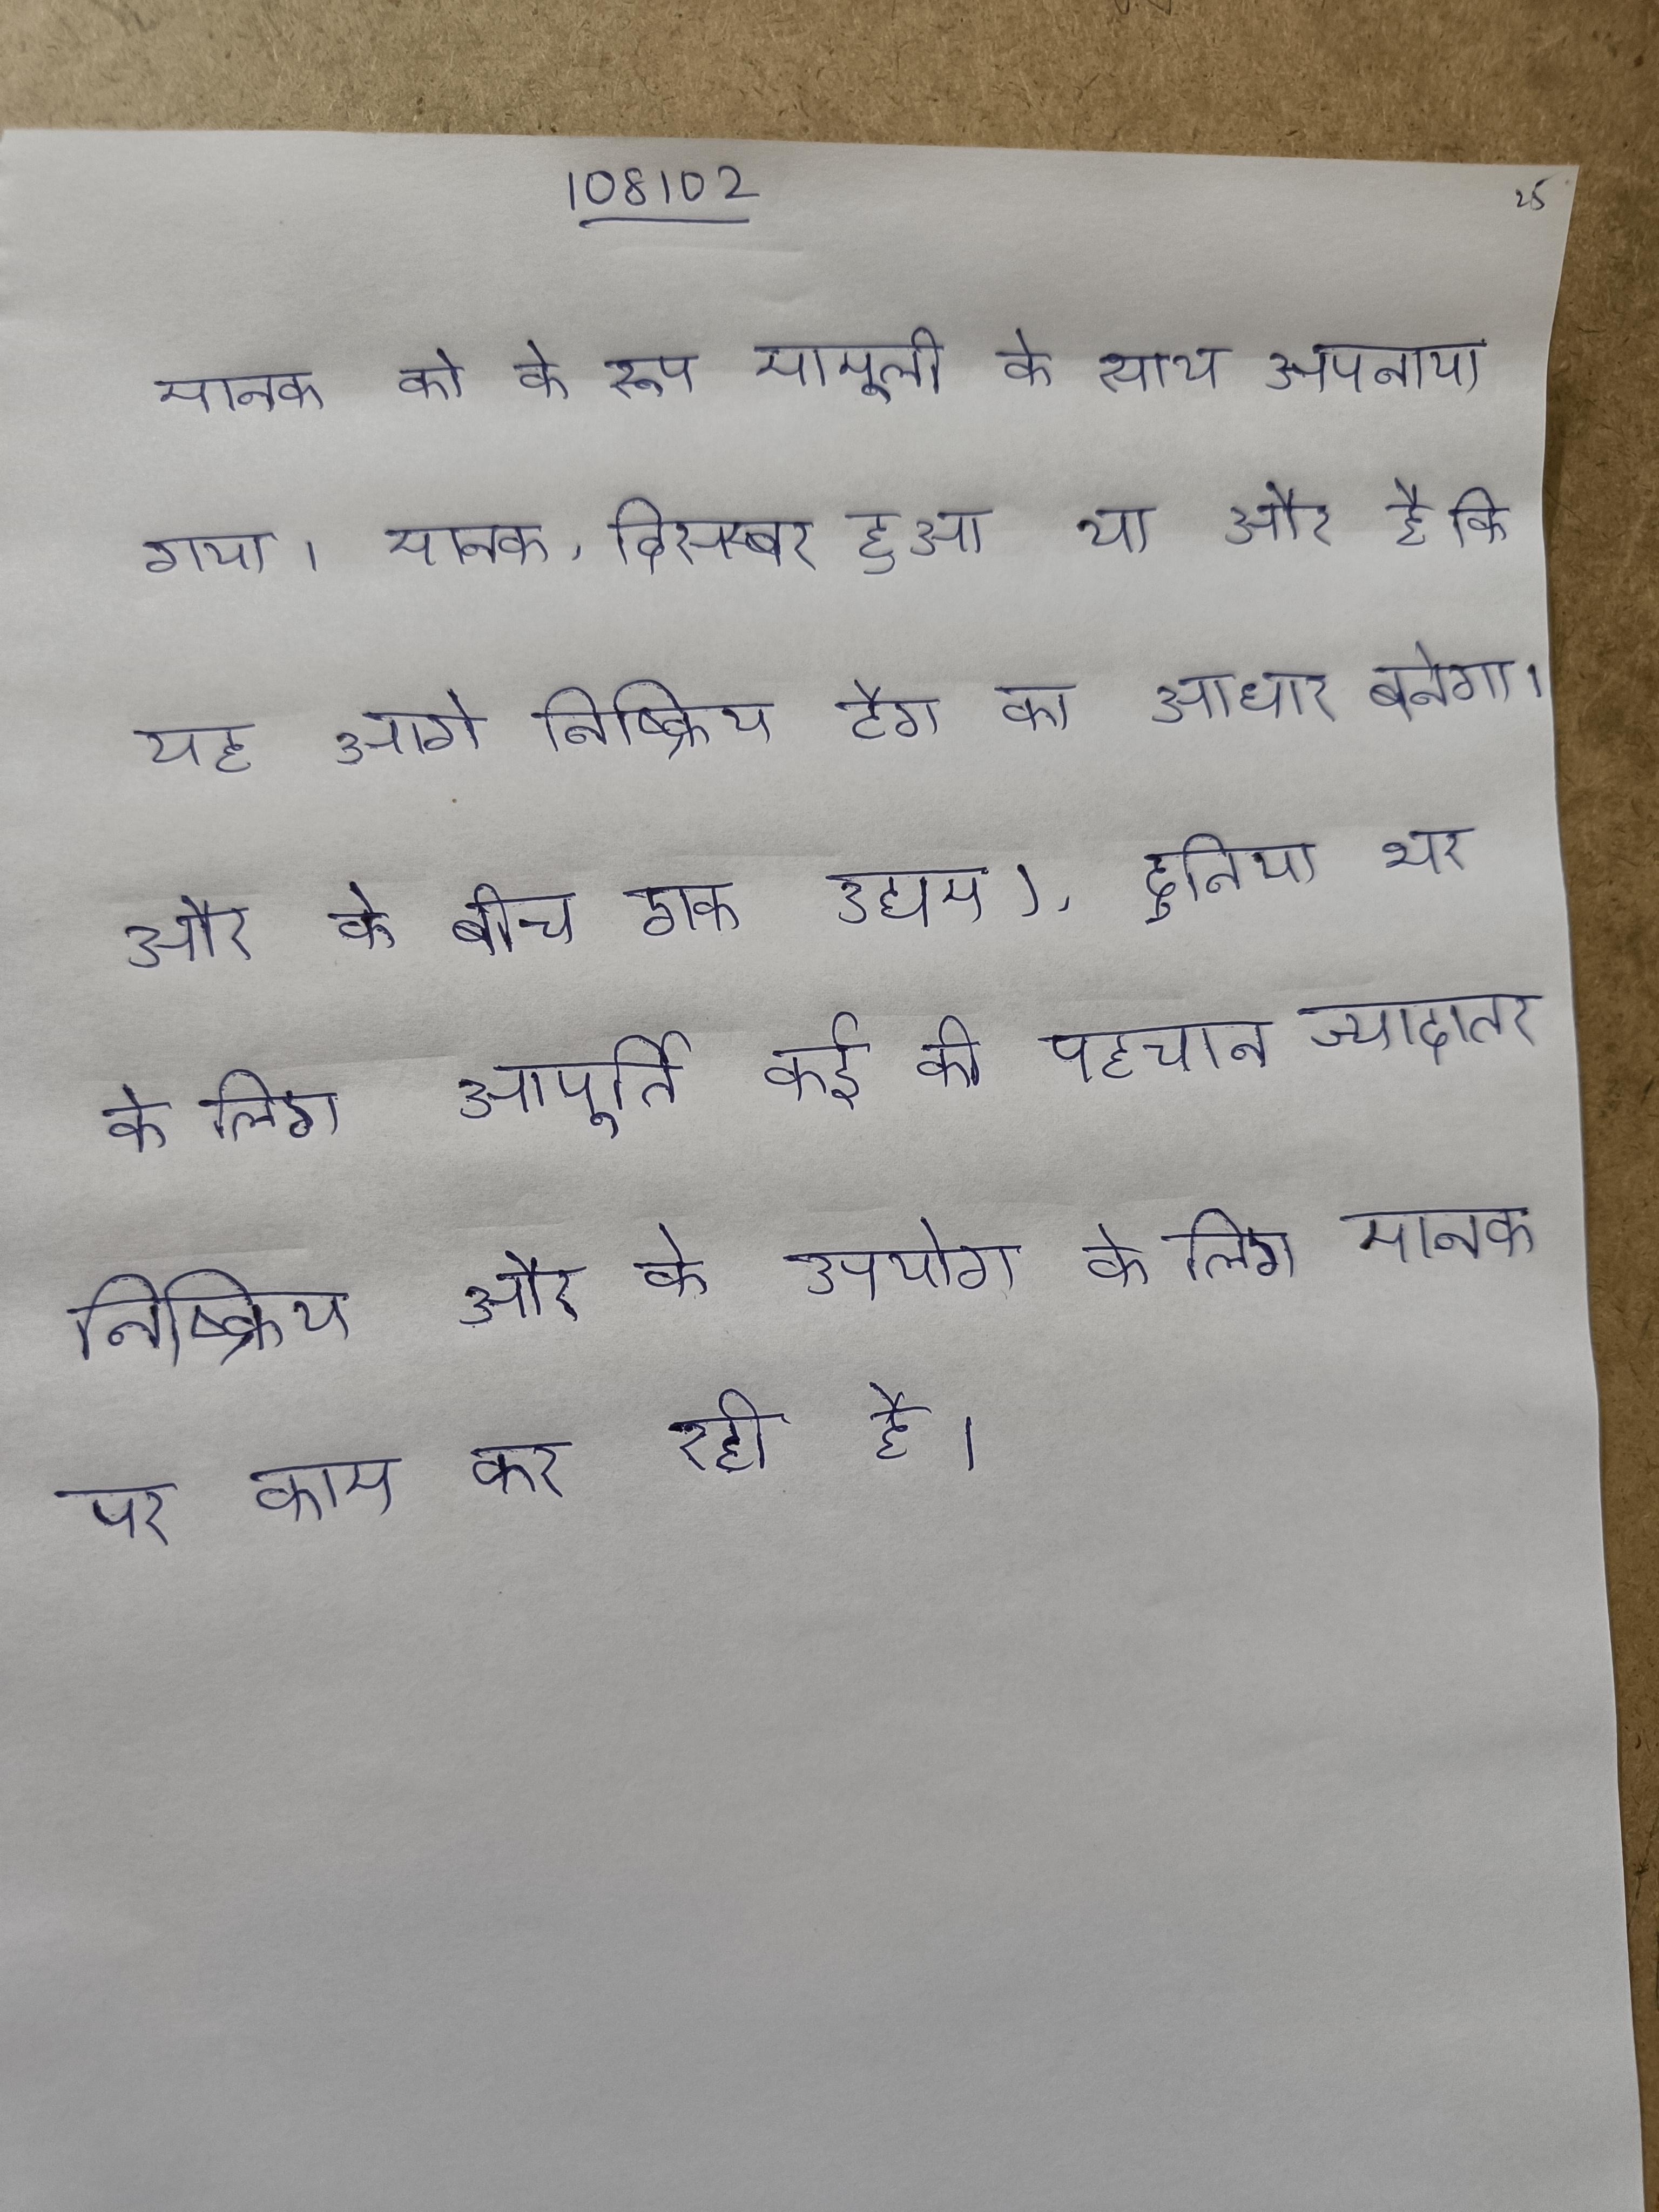
मानक को के रूप मामूली के साथ अपनाया गया । मानक, दिसम्बर हुआ था और है कि यह आगे निष्क्रिय टैग का आधार बनेगा । और के बीच एक उद्यम), दुनिया भर के लिए आपूर्ति कई की पहचान ज्यादातर निष्क्रिय और के उपयोग के लिए मानक पर काम कर रही है ।